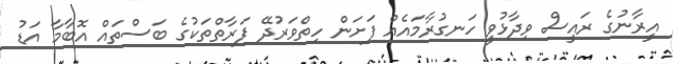
އީރާނުގެ ރައީސް ވިދާޅުވީ ހަނގުރާމައެއް ފަށަން ހިތްވަރުދޭ ފަރާތްތަކުގެ ބަސްތައް އޮބާމާ އަޑު